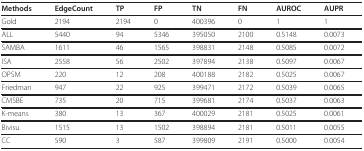
<table><thead><tr><td><b>Methods</b></td><td><b>EdgeCount</b></td><td><b>TP</b></td><td><b>FP</b></td><td><b>TN</b></td><td><b>FN</b></td><td><b>AUROC</b></td><td><b>AUPR</b></td></tr></thead><tbody><tr><td>Gold</td><td>2194</td><td>2194</td><td>0</td><td>400396</td><td>0</td><td>1</td><td>1</td></tr><tr><td>ALL</td><td>5440</td><td>94</td><td>5346</td><td>395050</td><td>2100</td><td>0.5148</td><td>0.0073</td></tr><tr><td>SAMBA</td><td>1611</td><td>46</td><td>1565</td><td>398831</td><td>2148</td><td>0.5085</td><td>0.0072</td></tr><tr><td>ISA</td><td>2558</td><td>56</td><td>2502</td><td>397894</td><td>2138</td><td>0.5097</td><td>0.0067</td></tr><tr><td>OPSM</td><td>220</td><td>12</td><td>208</td><td>400188</td><td>2182</td><td>0.5025</td><td>0.0067</td></tr><tr><td>Friedman</td><td>947</td><td>22</td><td>925</td><td>399471</td><td>2172</td><td>0.5039</td><td>0.0065</td></tr><tr><td>CMSBE</td><td>735</td><td>20</td><td>715</td><td>399681</td><td>2174</td><td>0.5037</td><td>0.0063</td></tr><tr><td>K-means</td><td>380</td><td>13</td><td>367</td><td>400029</td><td>2181</td><td>0.5025</td><td>0.0061</td></tr><tr><td>Bivisu</td><td>1515</td><td>13</td><td>1502</td><td>398894</td><td>2181</td><td>0.5011</td><td>0.0055</td></tr><tr><td>CC</td><td>590</td><td>3</td><td>587</td><td>399809</td><td>2191</td><td>0.5000</td><td>0.0054</td></tr></tbody></table>